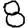
Digit: 8